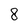
Character: 8